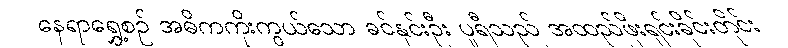
နေရာရွှေ့စဉ် အဓိကကိုးကွယ်သော ခင်နှင်းဦး ပူရီသည် အထည်ဖိုးရှင်းခိုင်းတိုင်း